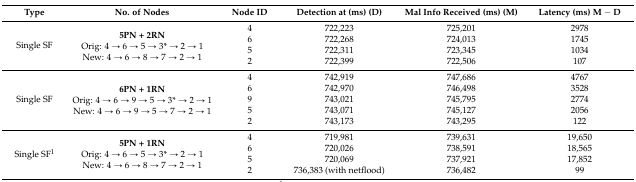
<table><thead><tr><td><b>Type</b></td><td><b>No. of Nodes</b></td><td><b>Node ID</b></td><td><b>Detection at (ms) (D)</b></td><td><b>Mal Info Received (ms) (M)</b></td><td><b>Latency (ms) M − D</b></td></tr></thead><tbody><tr><td rowspan="4">Single SF</td><td rowspan="4"><b>5PN + 2RN</b>Orig: 4 → 6 → 5 → 3* → 2 → 1 New: 4 → 6 → 8 → 7 → 2 → 1</td><td>4</td><td>722,223</td><td>725,201</td><td>2978</td></tr><tr><td>6</td><td>722,268</td><td>724,013</td><td>1745</td></tr><tr><td>5</td><td>722,311</td><td>723,345</td><td>1034</td></tr><tr><td>2</td><td>722,399</td><td>722,506</td><td>107</td></tr><tr><td rowspan="5">Single SF</td><td rowspan="5"><b>6PN + 1RN</b>Orig: 4 → 6 → 9 → 5 → 3* → 2 → 1 New: 4 → 6 → 9 → 5 → 7 → 2 → 1</td><td>4</td><td>742,919</td><td>747,686</td><td>4767</td></tr><tr><td>6</td><td>742,970</td><td>746,498</td><td>3528</td></tr><tr><td>9</td><td>743,021</td><td>745,795</td><td>2774</td></tr><tr><td>5</td><td>743,071</td><td>745,127</td><td>2056</td></tr><tr><td>2</td><td>743,173</td><td>743,295</td><td>122</td></tr><tr><td rowspan="4">Single SF<sup>1</sup></td><td rowspan="4"><b>5PN + 1RN</b>Orig: 4 → 6 → 5 → 3* → 2 → 1 New: 4 → 6 → 8 → 7 → 2 → 1</td><td>4</td><td>719,981</td><td>739,631</td><td>19,650</td></tr><tr><td>6</td><td>720,026</td><td>738,591</td><td>18,565</td></tr><tr><td>5</td><td>720,069</td><td>737,921</td><td>17,852</td></tr><tr><td>2</td><td>736,383 (with netflood)</td><td>736,482</td><td>99</td></tr></tbody></table>